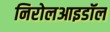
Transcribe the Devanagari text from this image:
निरोलआइडॉल